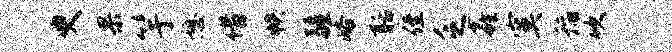
臾果竽憩借帙疆峪聒侄乏鑫寞稻吹